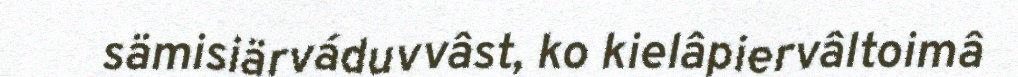
sämisiärváduvvâst, ko kielâpiervâltoimâ